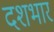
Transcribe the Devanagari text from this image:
दशभार